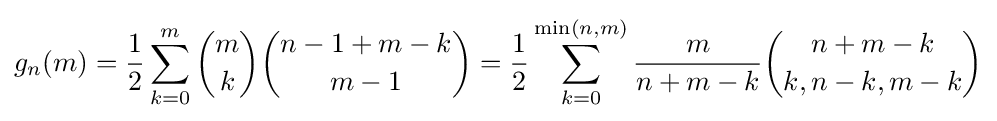
g_{n}(m)={\frac {1}{2}}\sum _{k=0}^{m}{\binom {m}{k}}{\binom {n-1+m-k}{m-1}}={\frac {1}{2}}\sum _{k=0}^{\min(n,m)}{\frac {m}{n+m-k}}{\binom {n+m-k}{k,n-k,m-k}}